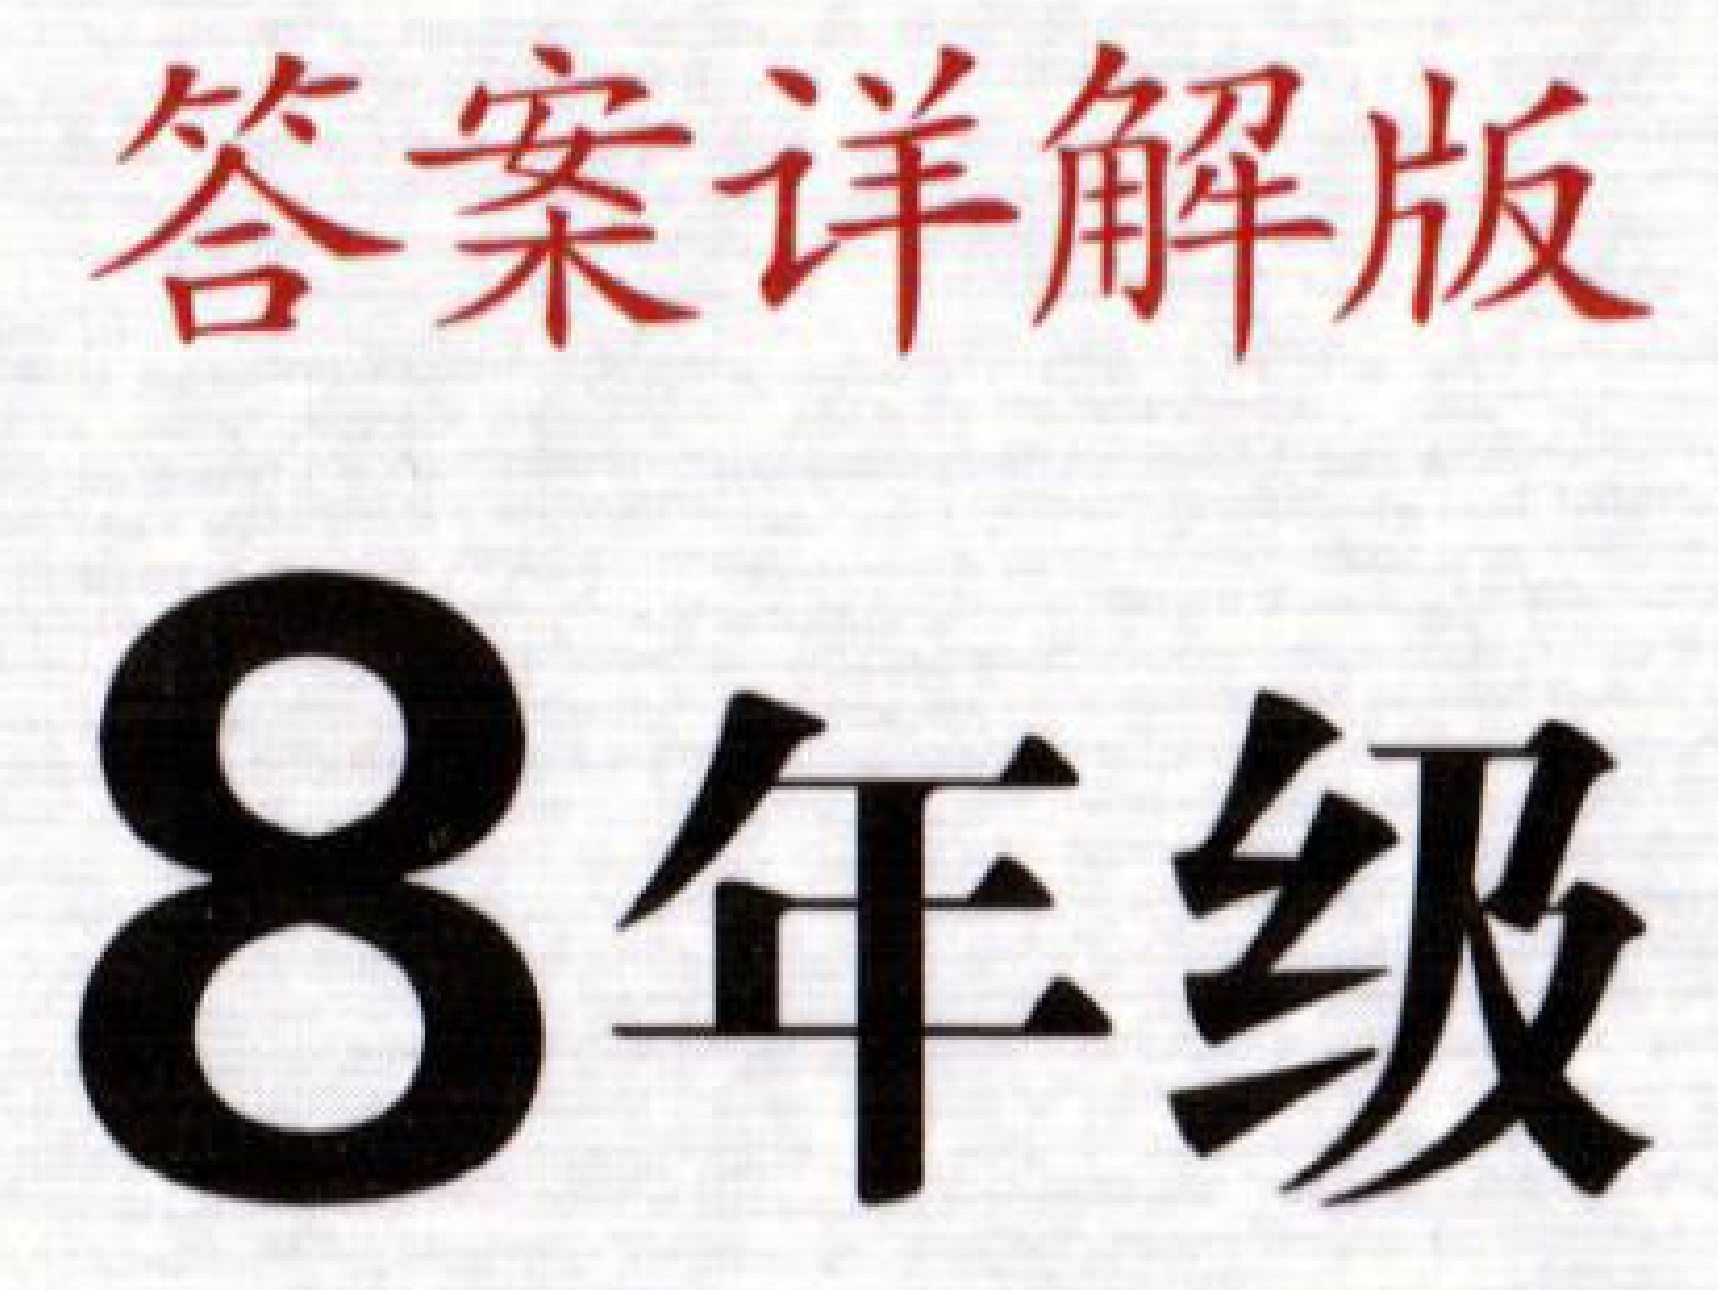
答案详解版
8年级